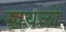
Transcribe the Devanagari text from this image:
खयलों